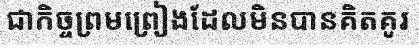
ជាកិច្ចព្រមព្រៀងដែលមិនបានគិតគូរ